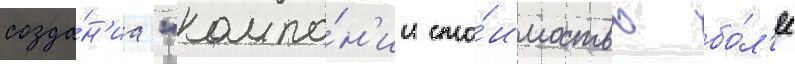
созда́н'иа "компа́н'ии сто́имостью бо́л'ее